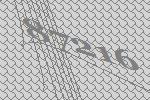
87216